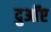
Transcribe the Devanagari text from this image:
दुआॅए